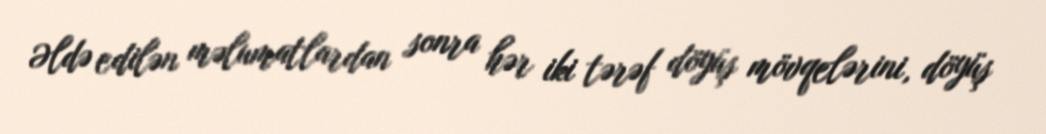
Əldə edilən məlumatlardan sonra hər iki tərəf döyüş mövqelərini, döyüş